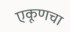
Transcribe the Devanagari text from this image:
एकूणचा